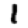
Digit: 1